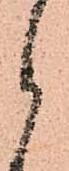
御